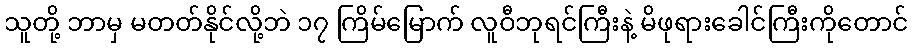
သူတို့ ဘာမှ မတတ်နိုင်လို့ဘဲ ၁၇ ကြိမ်မြောက် လူဝီဘုရင်ကြီးနဲ့ မိဖုရားခေါင်ကြီးကိုတောင်